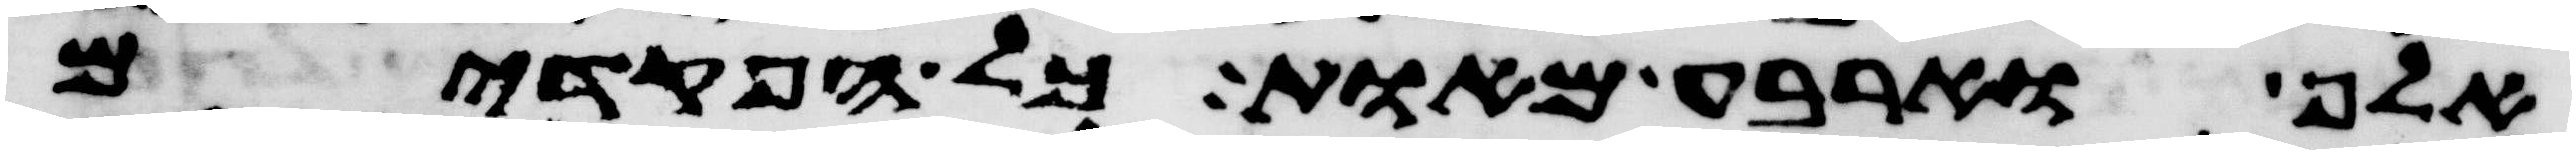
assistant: אלף וארבע מאות כל הפקדים